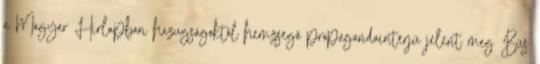
a Magyar Hírlapban hazugságoktól hemzsegő propagandainterjú jelent meg Bús